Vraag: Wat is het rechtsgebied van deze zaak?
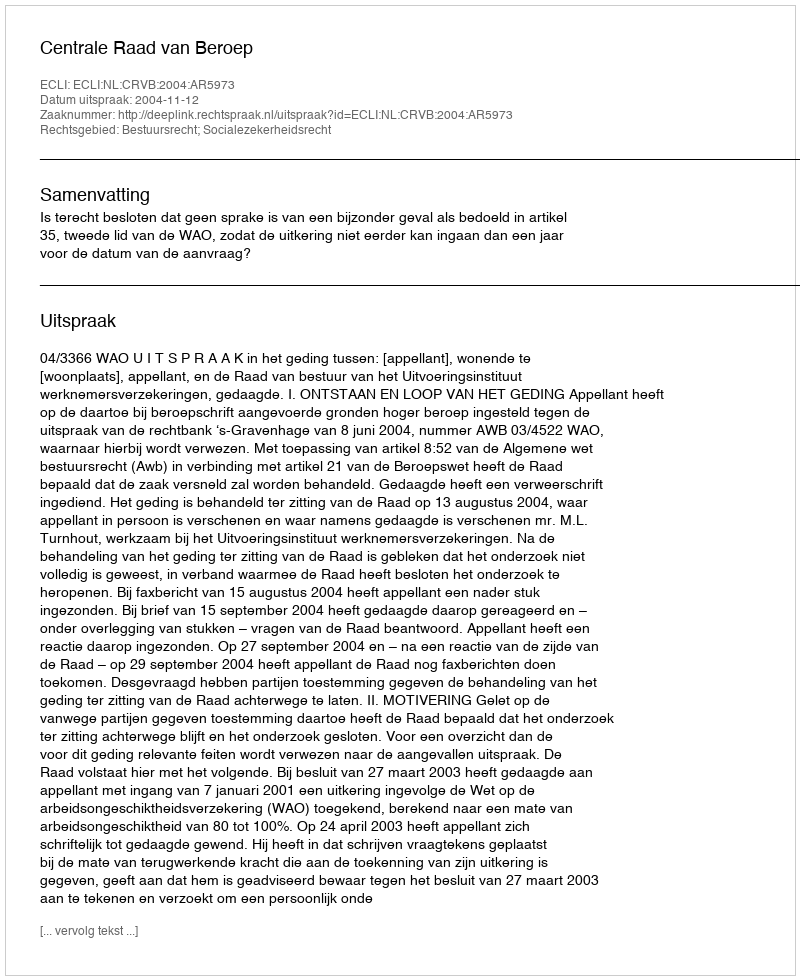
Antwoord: Bestuursrecht; Socialezekerheidsrecht